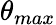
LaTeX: \theta_{max}